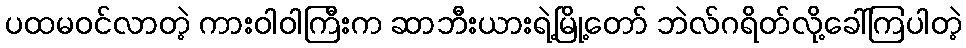
ပထမဝင်လာတဲ့ ကားဝါဝါကြီးက ဆာဘီးယားရဲ့မြို့တော် ဘဲလ်ဂရိတ်လို့ခေါ်ကြပါတဲ့